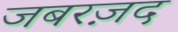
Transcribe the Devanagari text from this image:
जबरज़द